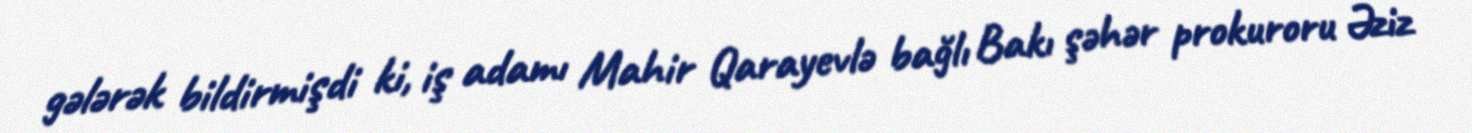
gələrək bildirmişdi ki, iş adamı Mahir Qarayevlə bağlı Bakı şəhər prokuroru Əziz